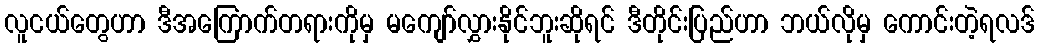
လူငယ်တွေဟာ ဒီအကြောက်တရားကိုမှ မကျော်လွှားနိုင်ဘူးဆိုရင် ဒီတိုင်းပြည်ဟာ ဘယ်လိုမှ ကောင်းတဲ့ရလဒ်